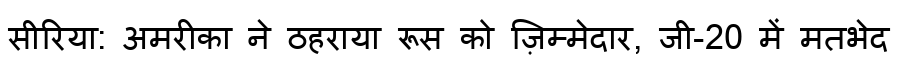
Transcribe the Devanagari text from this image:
सीरिया: अमरीका ने ठहराया रूस को ज़िम्मेदार, जी-20 में मतभेद